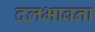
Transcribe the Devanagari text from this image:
दलभावना